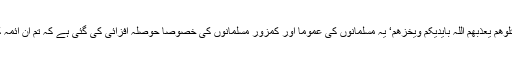
مقابلے میں دشمن کی رسوائی کی بشارت: ’قَاتِلُوْھُمْ یُعَذِّبْھُمُ اللّٰہُ بِاَیْدِیْکُمْ وَیُخْزِھِمْ‘ یہ مسلمانوں کی عموماً اور کمزور مسلمانوں کی خصوصاً حوصلہ افزائی کی گئی ہے کہ تم ان ائمہ کفر سے جنگ کرنے میں کمزوری نہ دکھاؤ۔